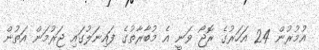
އުމުރުން 24 އަހަރުގެ ރޮޖޯ ވަނީ އެ މުބާރާތުގެ ފައިނަލުގައި ޖަރުމަން އަތުން